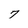
Character: 7